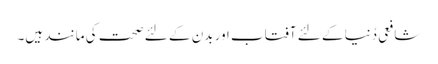
شافعی دُنیا کے لئے آفتاب اور بدن کے لئے صحت کی مانند ہیں۔